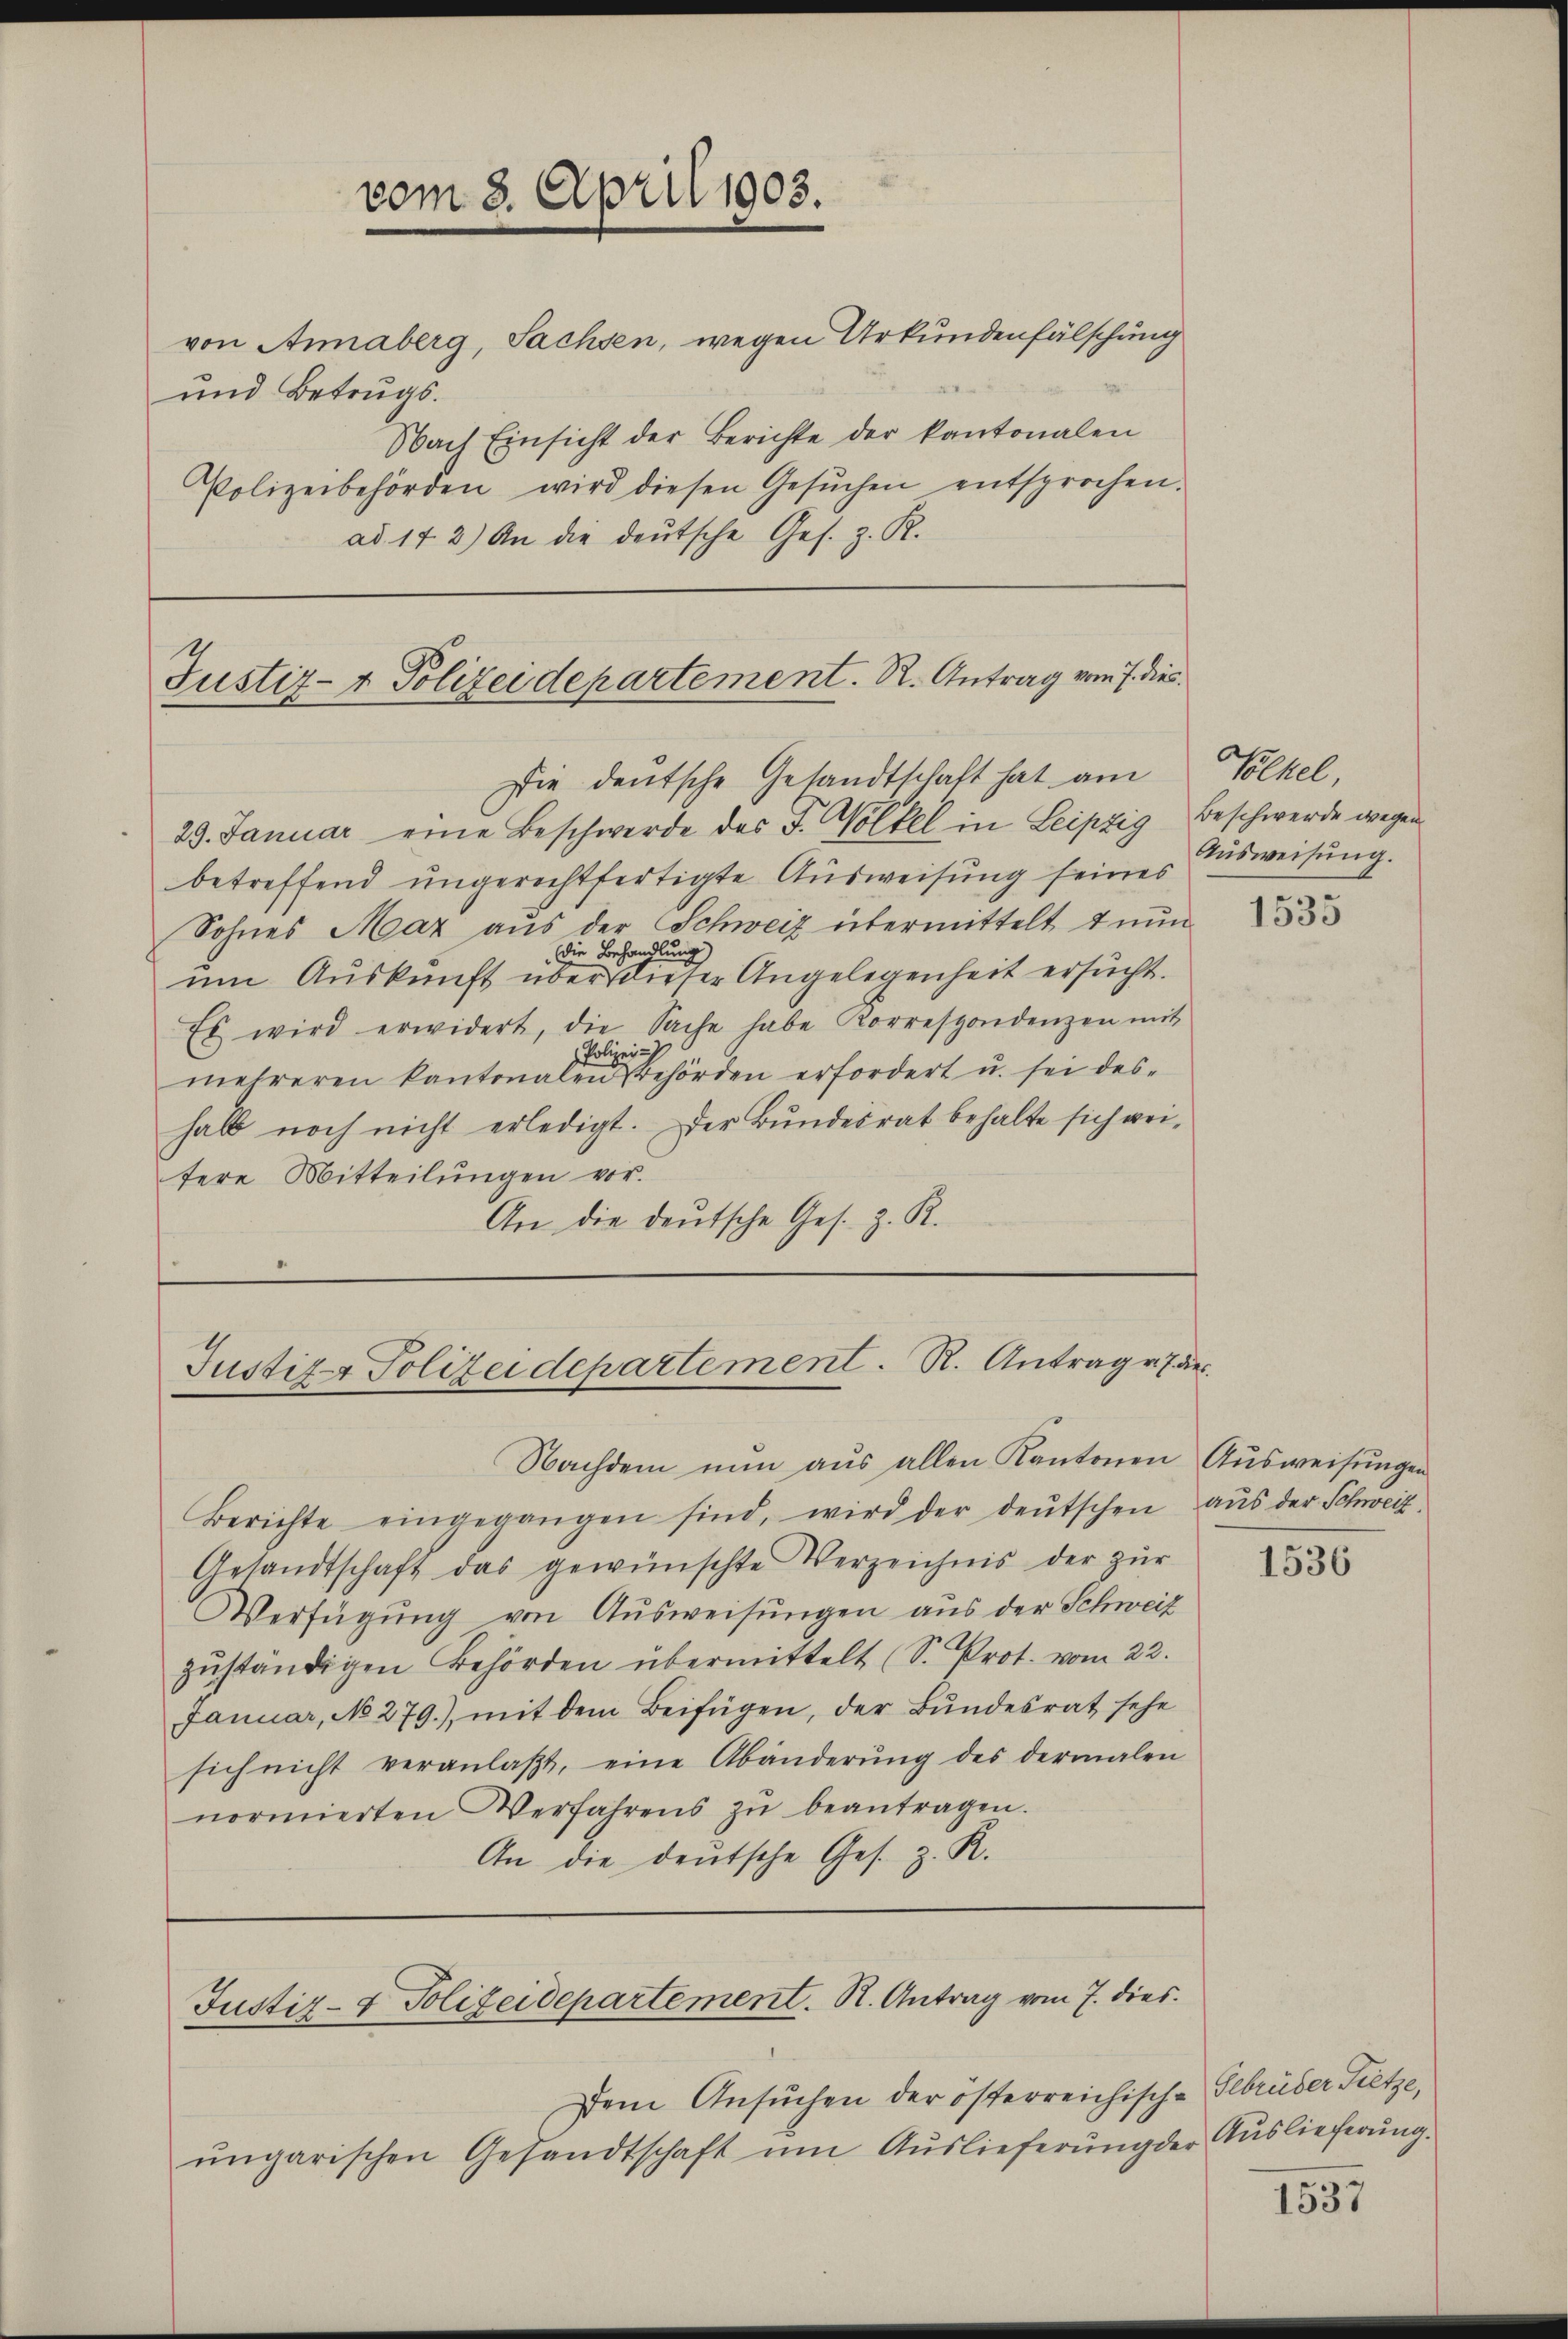
von Annaberg, Sachsen, wegen Urkundenfälschung
und Betrugs.
Nach Einsicht der Berichte der kantonalen
Polizeibehörden wird diesen Gesŭchen entsprochen.
ad. 142) An die deutsche Ges. z. R.

vom 3. April 1903.

Justiz- & Polizeidepartement. R. Antrag vom 7. dies
Die deutsche Gesandtschaft hat am

29. Januar eine Beschwerde des F. Völkel in Leipzig Beschwerde wegen
betreffend ungerechtfertigte Ausweisung seines
Sohnes Maz aus der Schweiz übermittelt & nun
Die Behandlung)
um Auskunft über dieser Angelegenheit ersucht.
Es wird erwidert, die Sache habe Korrespondenzen mit
Polizei-
mehreren kantonalen gehörden erfordert u. sei des-
halb noch nicht erledigt. Der Bundesrat behalte sich weitere Mitteilŭngen vor.
An die deutsche Ges. z. R.
.

Justiz & Polizeidepartement. R. Antrag u. 7 des

Nachdem nun aus allen Kantonen Aŭsweisungen
Berichte eingegangen sind, wird der deŭtschen aŭs der Schweiz.
Gesandtschaft das gewünschte Verzeichnis der zŭr
Verfügung von Ausweisungen aus der Schweiz
zŭständigen Behörden übermittelt (S. Prot. vom 22.
Januar, No 279.) mit dem Beifügen, der Bundesrat sehe
sich nicht veranlaβt, eine Abänderŭng des dermalen
normierten Verfahrens zŭ beantragen.
An die deutsche Ges. z. R.

Dem Ansuchen der österreichische Gebrüder Pietze,
ŭngarischen Gesandtschaft ŭm Aŭslieferŭng der Auslieferŭng

Justiz- & Polizeidepartement. R. Antrag vom 7. dies

Volkel,
Ausweisung.

1535

1536

1537